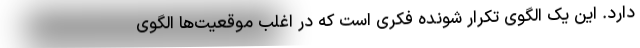
دارد. این یک الگوی تکرار شونده فکری است که در اغلب موقعیت‌ها الگوی